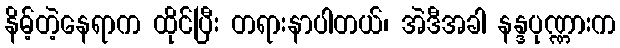
နိမ့်တဲ့နေရာက ထိုင်ပြီး တရားနာပါတယ်၊ အဲဒီအခါ နန္ဒပုဏ္ဏားက